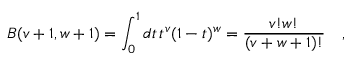
B ( v + 1 , w + 1 ) = \int _ { 0 } ^ { 1 } d t \, t ^ { v } ( 1 - t ) ^ { w } = { \frac { v ! w ! } { ( v + w + 1 ) ! } } \quad ,